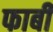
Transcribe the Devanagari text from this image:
फाबी